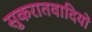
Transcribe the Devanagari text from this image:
सुकरातवादियों